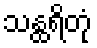
သန္ထရိတုံ